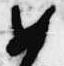
如